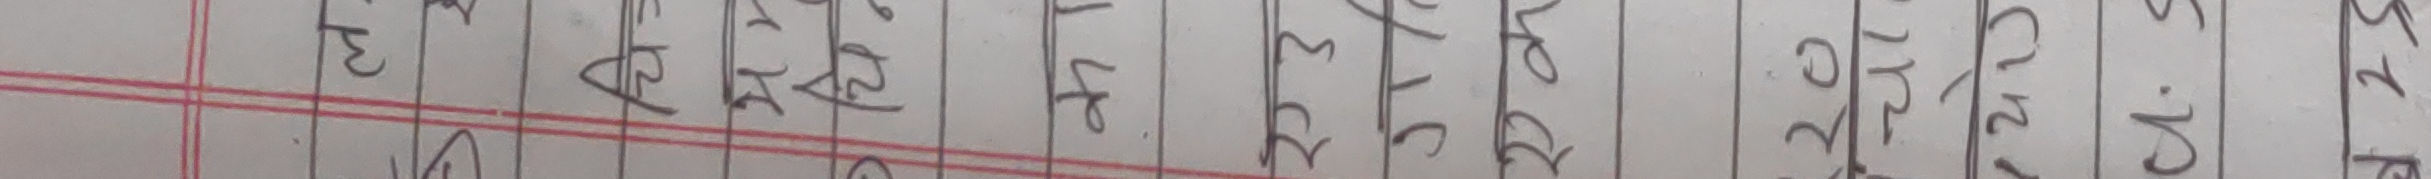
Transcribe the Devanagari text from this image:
अपमारातकरलसकरणगदरचतपलहवट